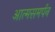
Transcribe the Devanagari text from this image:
आत्मसमर्पन